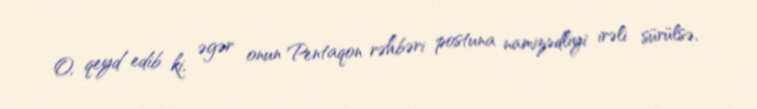
O, qeyd edib ki, əgər onun Pentaqon rəhbəri postuna namizədliyi irəli sürülsə,